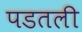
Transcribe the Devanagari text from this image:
पडतली